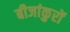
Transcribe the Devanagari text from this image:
बीजांकुरों